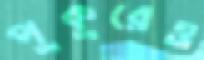
পুকুরেও